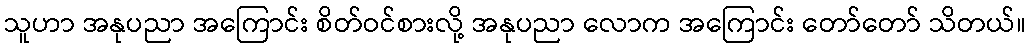
သူဟာ အနုပညာ အကြောင်း စိတ်ဝင်စားလို့ အနုပညာ လောက အကြောင်း တော်တော် သိတယ်။